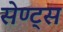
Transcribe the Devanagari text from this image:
सेण्ट्स